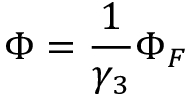
\Phi = \frac { 1 } { \gamma _ { 3 } } \Phi _ { F }